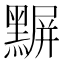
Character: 𪑰